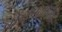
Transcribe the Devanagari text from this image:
बोलण्यापेक्षा